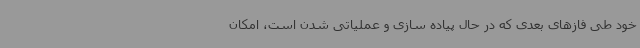
خود طی فازهای بعدی که در حال پیاده سازی و عملیاتی شدن است، امکان